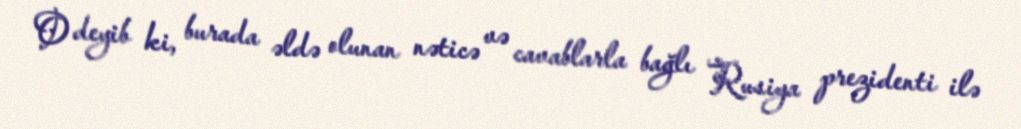
O deyib ki, burada əldə olunan nəticə və cavablarla bağlı Rusiya prezidenti ilə